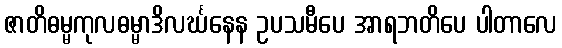
ဇာတိဓမ္မကုလဓမ္မာဒိလင်္ဃနေန ဥပသမီပေ အာရဘတိပေ ပါတာလေ